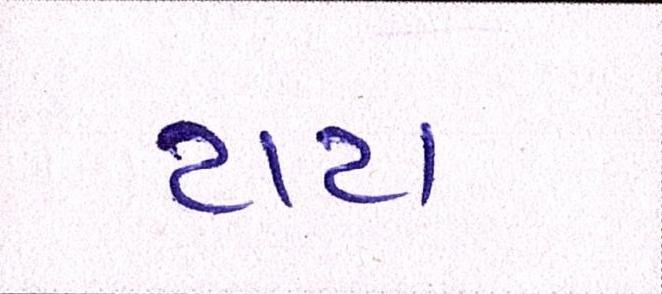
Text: ટાટા